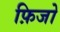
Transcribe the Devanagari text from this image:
फ़िजो